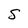
Character: S